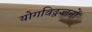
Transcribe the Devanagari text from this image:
योगविद्वज्जनों